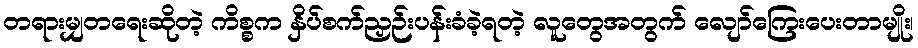
တရားမျှတရေးဆိုတဲ့ ကိစ္စက နှိပ်စက်ညှဉ်းပန်းခံခဲ့ရတဲ့ လူတွေအတွက် လျော်ကြေးပေးတာမျိုး၊